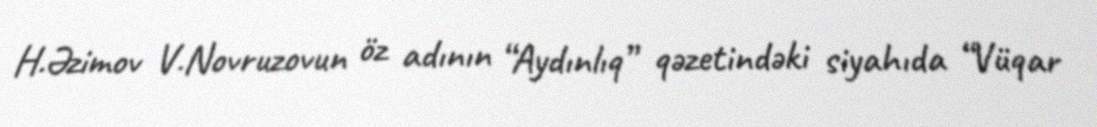
H.Əzimov V.Novruzovun öz adının “Aydınlıq” qəzetindəki siyahıda “Vüqar